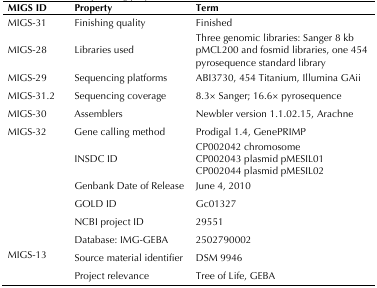
| MIGS ID | Property | Term |
 | --- | --- | --- |
 | MIGS-31 | Finishing quality | Finished |
 | MIGS-28 | Libraries used | Three genomic libraries:Sanger 8 kb pMCL200 and fosmid libraries,one 454 pyrosequence standard library |
 | MIGS-29 | Sequencing platforms | ABI3730, 454 Titanium, Illumina GAii |
 | MIGS-31.2 | Sequencing coverage | 8.3× Sanger; 16.6× pyrosequence |
 | MIGS-30 | Assemblers | Newbler version 1.1.02.15, Arachne |
 | MIGS-32 | Gene calling method | Prodigal 1.4, GenePRIMP |
 |  | INSDC ID | CP002042 chromosomeCP002043 plasmid pMESIL01CP002044 plasmid pMESIL02 |
 |  | Genbank Date of Release | June 4, 2010 |
 |  | GOLD ID | Gc01327 |
 |  | NCBI project ID | 29551 |
 |  | Database: IMG-GEBA | 2502790002 |
 | MIGS-13 | Source material identifier | DSM 9946 |
 |  | Project relevance | Tree of Life, GEBA |